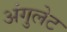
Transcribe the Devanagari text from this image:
अंगुलेट